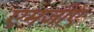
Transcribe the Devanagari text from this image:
एमजीए